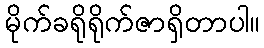
မိုက်ခရိုရိုက်ဇာရှိတာပါ။